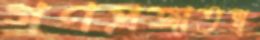
গণপ্রজাতন্ত্র